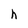
Character: h